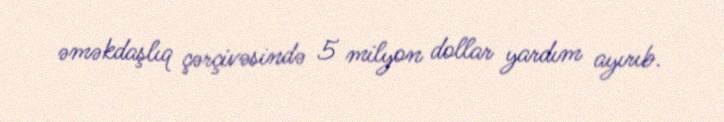
əməkdaşlıq çərçivəsində 5 milyon dollar yardım ayırıb.